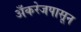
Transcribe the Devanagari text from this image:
अँकरेजपासून